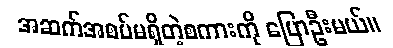
အဆက်အစပ်မရှိတဲ့စကားကို ပြောဦးမယ်။